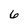
Character: 6